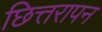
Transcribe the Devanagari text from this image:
छित्तरापन